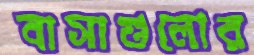
বাসাগুলোর